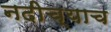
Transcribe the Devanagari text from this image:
नदीच्याच